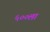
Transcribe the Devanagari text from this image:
५००ला